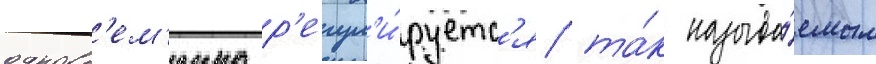
одновр'ем'енно р'егул'и́руетс'я та́к называ́емым